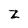
Character: z